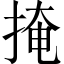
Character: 掩